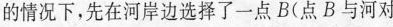
的情况下，先在河岸边选择了一点B(点B与河对